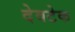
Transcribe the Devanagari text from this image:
देवटेक